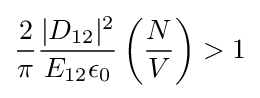
{\frac {2}{\pi }}{\frac {|D_{12}|^{2}}{E_{12}\epsilon _{0}}}\left({\frac {N}{V}}\right)>1